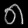
Digit: ၈